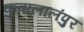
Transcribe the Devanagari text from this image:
कुवालालंपुर